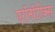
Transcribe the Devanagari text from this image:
एरॉनॉटीक्स